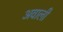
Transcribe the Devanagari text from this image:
अवाली